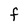
Character: F